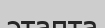
этапта